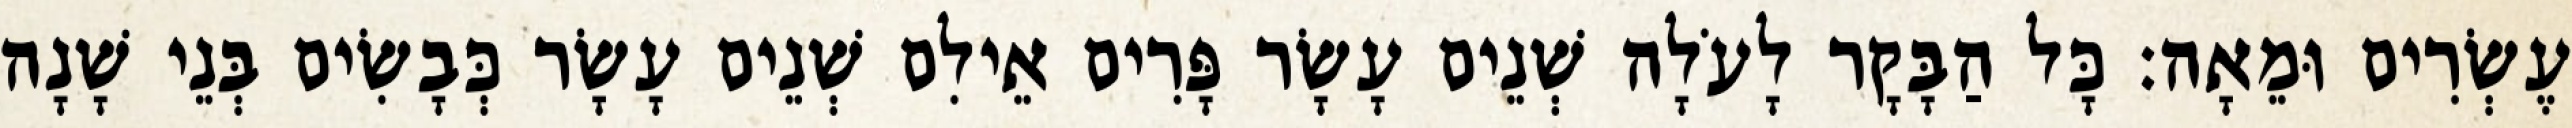
עֶשְׂרִים וּמֵאָה׃ כָּל הַבָּקָר לָעֹלָה שְׁנֵים עָשָׂר פָּרִים אֵילִם שְׁנֵים עָשָׂר כְּבָשִׂים בְּנֵי שָׁנָה